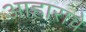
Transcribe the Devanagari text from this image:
आहाराचे